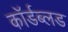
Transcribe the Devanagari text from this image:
कॉर्डब्लड